Indian journal of veterinary science and animal husbandry - Volumes 28-29, 1958-1959
Year: 1958
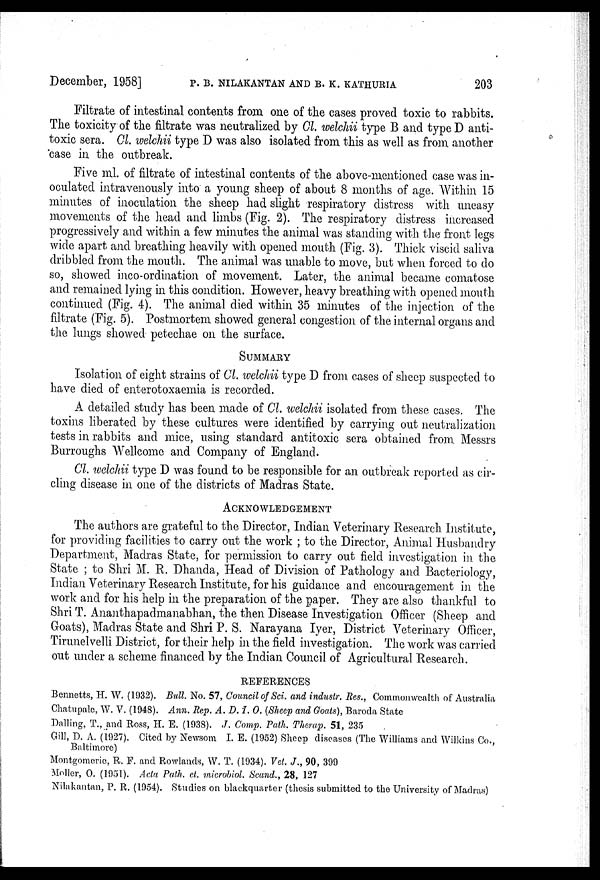
December, 1958] P. B. NILAKANTAN AND B. K. KATHURIA 203
Filtrate of intestinal contents from one of the cases proved toxic to rabbits.
The toxicity of the filtrate was neutralized by Cl. welchii type B and type D anti-
toxic sera. Cl. welchii type D was also isolated from this as well as from another
case in the outbreak.
Five ml. of filtrate of intestinal contents of the above-mentioned case was in-
oculated intravenously into a young sheep of about 8 months of age. Within 15
minutes of inoculation the sheep had slight respiratory distress with uneasy
movements of the head and limbs (Fig. 2). The respiratory distress increased
progressively and within a few minutes the animal was standing with the front legs
wide apart and breathing heavily with opened mouth (Fig. 3). Thick viscid saliva
dribbled from the mouth. The animal was unable to move, but when forced to do
so, showed inco-ordination of movement. Later, the animal became comatose
and remained lying in this condition. However, heavy breathing with opened mouth
continued (Fig. 4). The animal died within 35 minutes of the injection of the
filtrate (Fig. 5). Postmortem showed general congestion of the internal organs and
the lungs showed petechae on the surface.
SUMMARY
Isolation of eight strains of Cl. welchii type D from cases of sheep suspected to
have died of enterotoxaemia is recorded.
A detailed study has been made of Cl. welchii isolated from these cases. The
toxins liberated by these cultures were identified by carrying out neutralization
tests in rabbits and mice, using standard antitoxic sera obtained from Messrs
Burroughs Wellcome and Company of England.
Cl. welchii type D was found to be responsible for an outbreak reported as cir-
cling disease in one of the districts of Madras State.
ACKNOWLEDGEMENT
The authors are grateful to the Director, Indian Veterinary Research Institute,
for providing facilities to carry out the work ; to the Director, Animal Husbandry
Department, Madras State, for permission to carry out field investigation in the
State ; to Shri M. R. Dhanda, Head of Division of Pathology and Bacteriology,
Indian Veterinary Research Institute, for his guidance and encouragement in the
work and for his help in the preparation of the paper. They are also thankful to
Shri T. Ananthapadmanabhan, the then Disease Investigation Officer (Sheep and
Goats), Madras State and Shri P. S. Narayana Iyer, District Veterinary Officer,
Tirunelvelli District, for their help in the field investigation. The work was carried
out under a scheme financed by the Indian Council of Agricultural Research.
REFERENCES
Bennetts, H. W. (1932). Bull. No. 57, Council of Sci. and industr. Res., Commonwealth of Australia
Chatupale, W. V. (1948). Ann. Rep. A. D. I. O. (Sheep and Goats), Baroda State
Dalling, T., and Ross, H. E. (1938). J. Comp. Path. Therap. 51, 235
Gill, D. A. (1927). Cited by Newsom I. E. (1952) Sheep diseases (The Williams and Wilkins Co.,
Baltimore)
Montgomeric, R. P. and Rowlands, W. T. (1934). Vet. J., 90, 399
Moller, O. (1951). Acta Path. et. microbiol. Scand., 28, 127
Nilakantan, P. R. (1954). Studies on blackquarter (thesis submitted to the University of Madras)